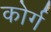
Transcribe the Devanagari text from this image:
कोर्ग